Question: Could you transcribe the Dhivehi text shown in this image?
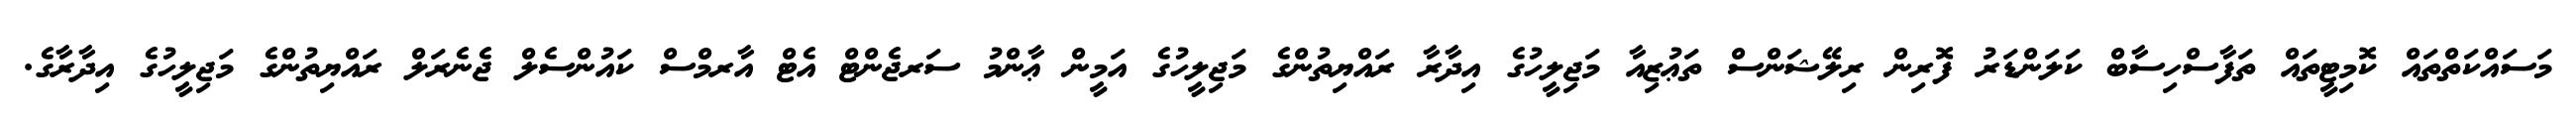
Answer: މަސައްކަތްތައް ކޮމިޓީތައް ތަފާސްހިސާބް ކަލަންޑަރު ފޮރިން ރިލޭޝަންސް ތަޢުޒިއާ މަޖިލީހުގެ އިދާރާ ރައްޔިތުންގެ މަޖިލީހުގެ އަމީން ޢާންމު ސަރޖެންޓް އެޓް އާރމްސް ކައުންސެލް ޖެނެރަލް ރައްޔިތުންގެ މަޖިލީހުގެ އިދާރާގެ.